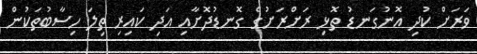
ވަރަށް ކުދި އޮނުގަނޑު ތޮޅި ރަށްރަށުގެ ގޮނޑުދޮށާއި އަދި ކައިރި ތިލަ ހިސާބުތަކުން